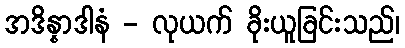
အဒိန္နာဒါနံ - လုယက် ခိုးယူခြင်းသည်၊